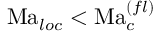
\mathrm { M a } _ { l o c } < \mathrm { M a } _ { c } ^ { ( f l ) }